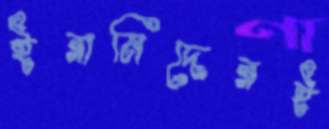
ইরানিদেরই